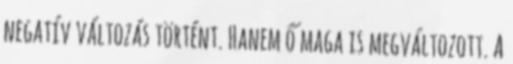
negatív változás történt. Hanem ő maga is megváltozott. A